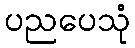
ပညပေသုံ